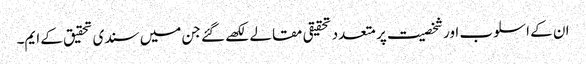
ان کے اسلوب اور شخصیت پر متعدد تحقیقی مقالے لکھے گئے جن میں سندی تحقیق کے ایم۔